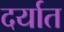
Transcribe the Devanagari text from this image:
दर्यात